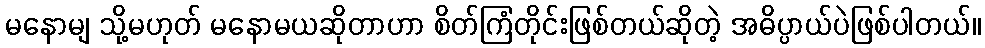
မနောမျ သို့မဟုတ် မနောမယဆိုတာဟာ စိတ်ကြံတိုင်းဖြစ်တယ်ဆိုတဲ့ အဓိပ္ပာယ်ပဲဖြစ်ပါတယ်။